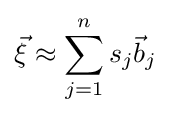
{\vec {\xi }}\approx \sum _{j=1}^{n}s_{j}{\vec {b}}_{j}